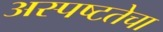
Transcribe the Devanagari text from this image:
अस्पष्टतेचा